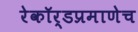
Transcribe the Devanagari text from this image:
रेकॉर्डप्रमाणेच